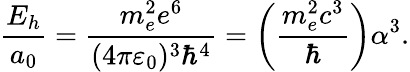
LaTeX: \frac{E_{h}}{a_{0}}=\frac{m_{e}^{2}e^{6}}{(4\pi\varepsilon_{0})^{3}\hbar^{4}}=\left(\frac{m_{e}^{2}c^{3}}{\hbar}\right)\alpha^{3}.